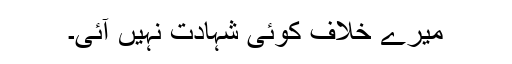
میرے خلاف کوئی شہادت نہیں آئی۔